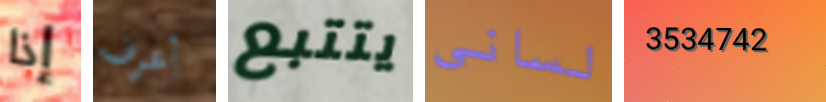
إذا أعرف يتتبع لساني 3534742